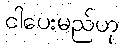
ငါပေးမည်ဟု